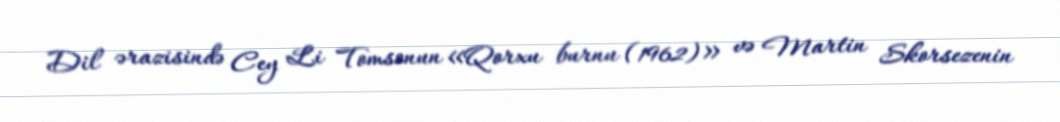
Dil ərazisində Cey Li Tomsonun «Qorxu burnu (1962)» və Martin Skorsezenin